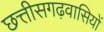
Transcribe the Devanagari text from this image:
छत्तीसगढ़वासियों